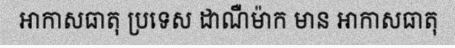
អាកាសធាតុ ប្រទេស ដាណឺម៉ាក មាន អាកាសធាតុ